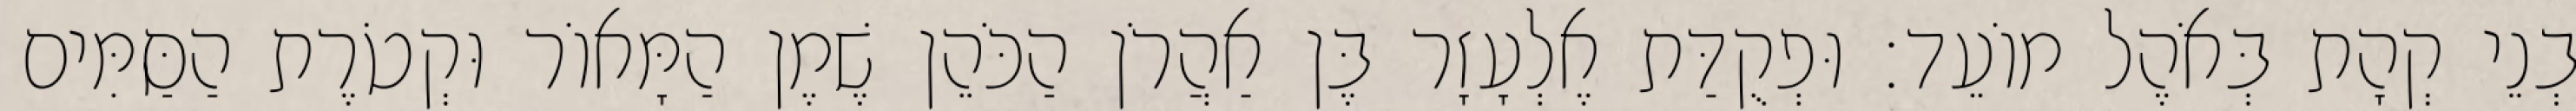
בְנֵי קְהָת בְּאֹהֶל מוֹעֵד׃ וּפְקֻדַּת אֶלְעָזָר בֶּן אַהֲרֹן הַכֹּהֵן שֶׁמֶן הַמָּאוֹר וּקְטֹרֶת הַסַּמִּים